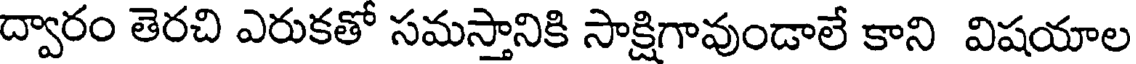
ద్వారం తెరచి ఎరుకతో సమస్తానికి సాక్షిగావుండాలే కాని విషయాల